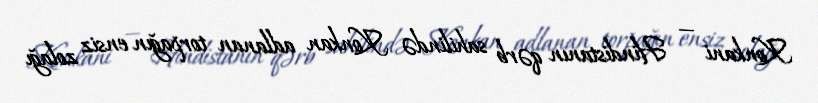
Konkani — Hindistanın qərb sahilində Konkan adlanan torpağın ensiz zolağı